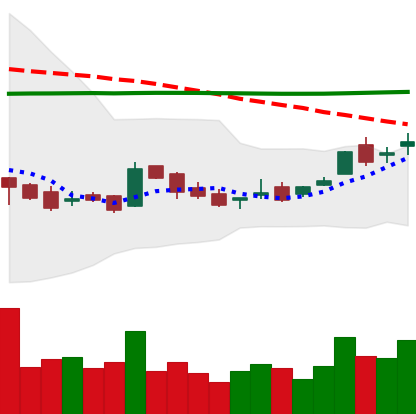
Ticker: LTC-USD
Chart end date: 2016-02-17
Forward return: 7.485%
Label: up_7plus